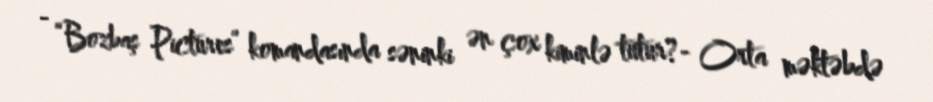
- “Bozbaş Pictures” komandasında səninki ən çox kiminlə tutur?- Orta məktəbdə